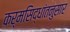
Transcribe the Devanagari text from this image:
कर्मसिद्धांतनुसार